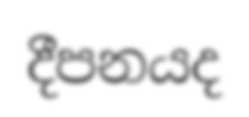
දීපනයද